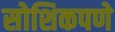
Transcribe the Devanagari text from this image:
सोशिकपणे